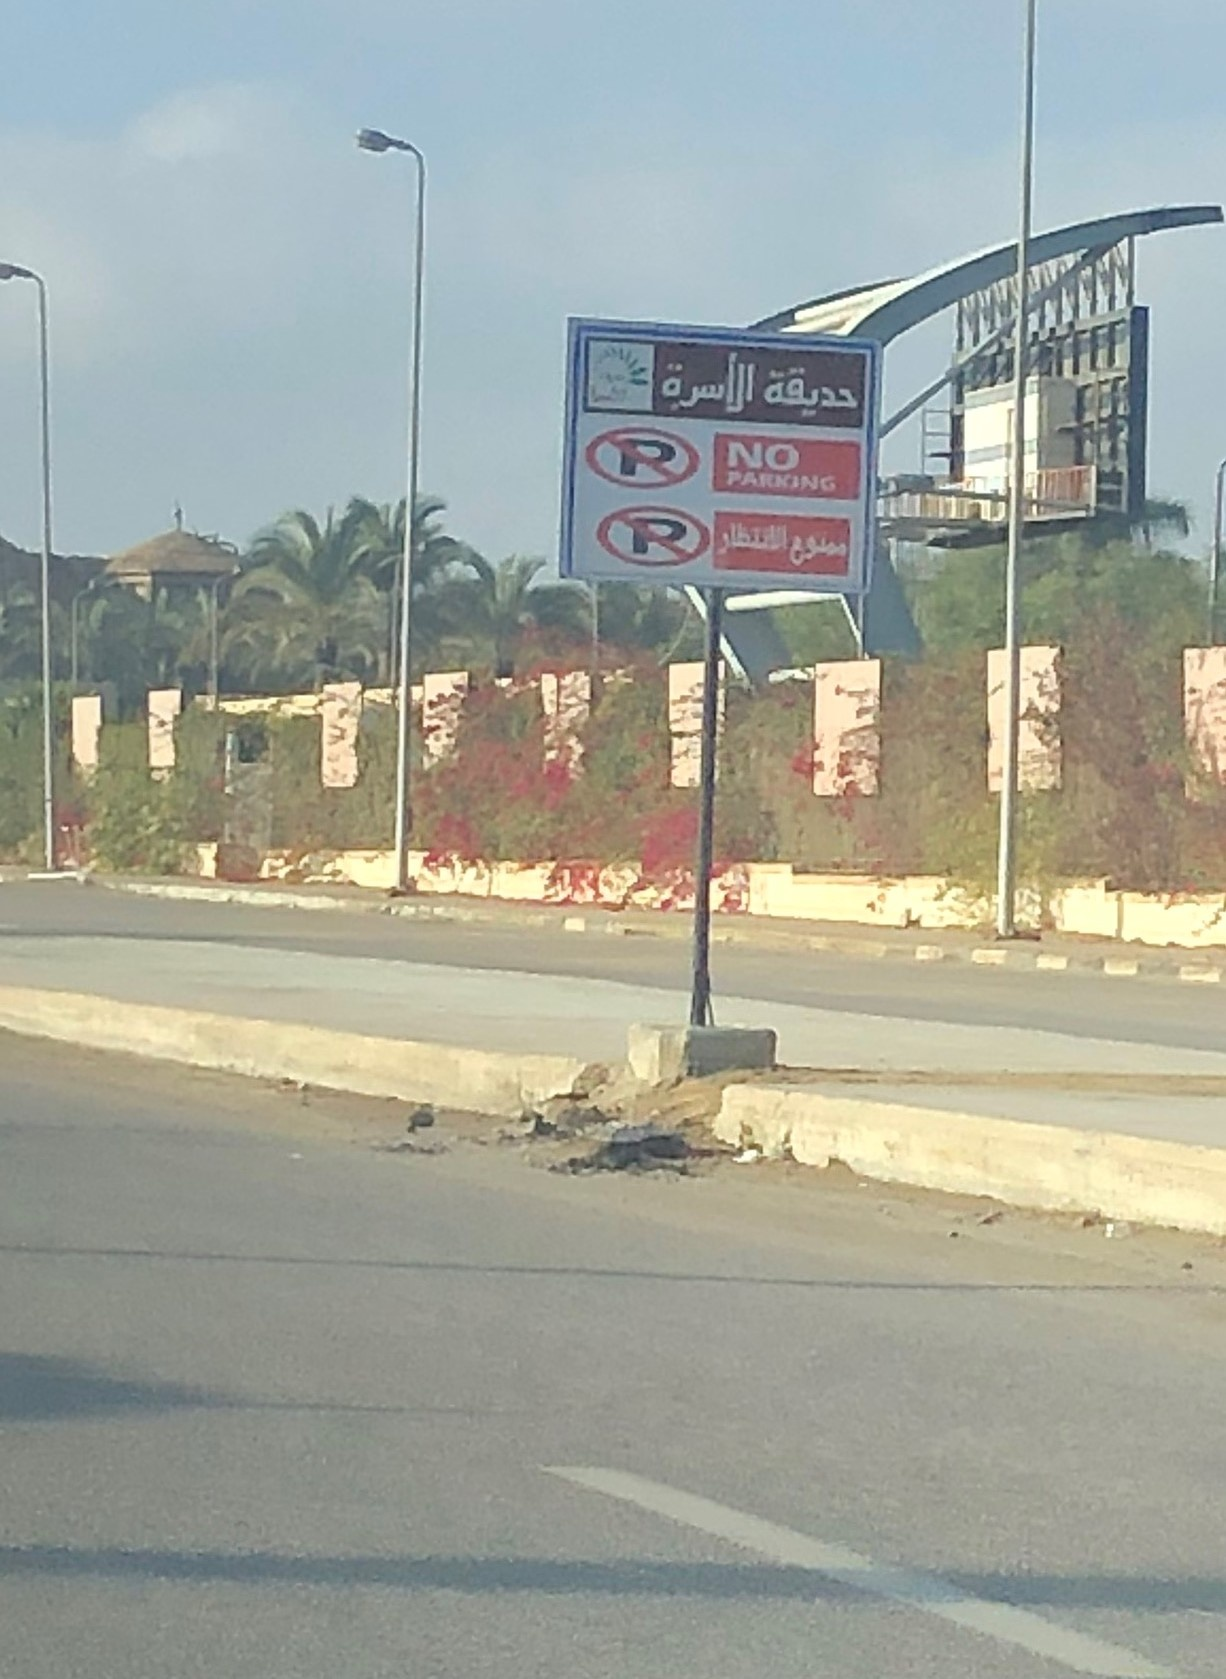
Text in image: الأسرة حديقة الانتظار ممنوع NO P PARKING P